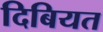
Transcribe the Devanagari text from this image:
दिबियत